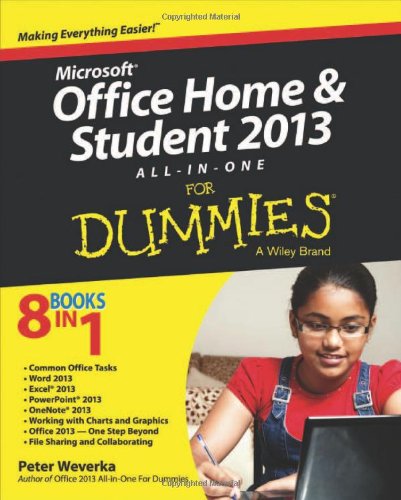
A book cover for Microsoft Office Home and Student Edition 2013 All-in-One For Dummies; Peter Weverka; Computers & Technology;